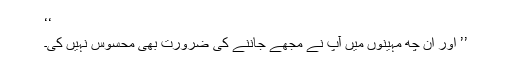
‘‘
’’ اور اِن چھ مہینوں میں آپ نے مجھے جاننے کی ضرورت بھی محسوس نہیں کی۔